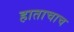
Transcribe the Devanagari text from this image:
हाताचाच